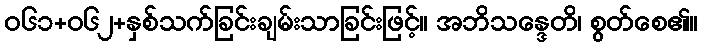
ဝ၆၁+၀၆၂+နှစ်သက်ခြင်းချမ်းသာခြင်းဖြင့်။ အဘိသန္ဒေတိ၊ စွတ်စေ၏။